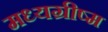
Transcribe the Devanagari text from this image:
मध्यग्रीष्म